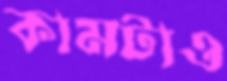
কামটাও